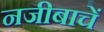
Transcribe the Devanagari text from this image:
नजीबाचें